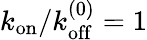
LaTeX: k_{\mathrm{on}}/k_{\mathrm{off}}^{(0)}=1